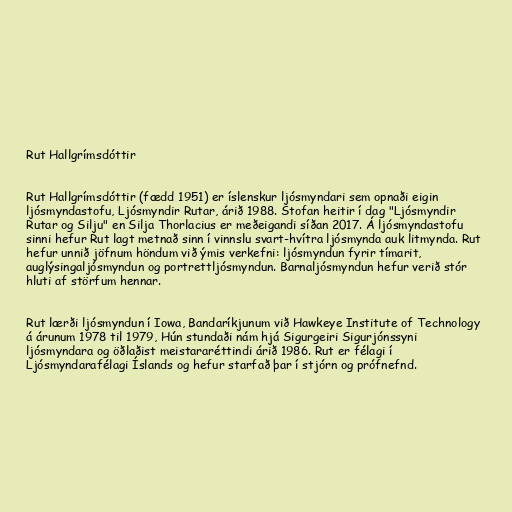
Rut Hallgrímsdóttir

Rut Hallgrímsdóttir (fædd 1951) er íslenskur ljósmyndari sem opnaði eigin
ljósmyndastofu, Ljósmyndir Rutar, árið 1988. Stofan heitir í dag "Ljósmyndir
Rutar og Silju" en Silja Thorlacius er meðeigandi síðan 2017. Á ljósmyndastofu
sinni hefur Rut lagt metnað sinn í vinnslu svart-hvítra ljósmynda auk litmynda. Rut
hefur unnið jöfnum höndum við ýmis verkefni: ljósmyndun fyrir tímarit,
auglýsingaljósmyndun og portrettljósmyndun. Barnaljósmyndun hefur verið stór
hluti af störfum hennar.

Rut lærði ljósmyndun í Iowa, Bandaríkjunum við Hawkeye Institute of Technology
á árunum 1978 til 1979, Hún stundaði nám hjá Sigurgeiri Sigurjónssyni
ljósmyndara og öðlaðist meistararéttindi árið 1986. Rut er félagi í
Ljósmyndarafélagi Íslands og hefur starfað þar í stjórn og prófnefnd.